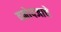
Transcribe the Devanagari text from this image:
वनोपजाचे